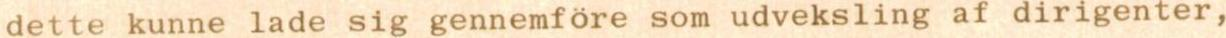
dette kunne lade sig gennemföre som udveksling af dirigenter,